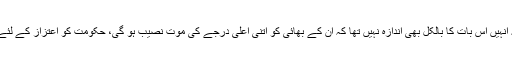
اعتزاز حسن کے بھائی مجتبیٰ حسن کا کہنا تھا کہ انہیں اس بات کا بالکل بھی اندازہ نہیں تھا کہ ان کے بھائی کو اتنی اعلیٰ درجے کی موت نصیب ہو گی، حکومت کو اعتزاز کے لئے تمغہ شجاعت یا نشان حیدر کا علان کرنا چاہئے۔